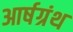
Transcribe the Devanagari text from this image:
आर्षग्रंथ